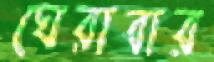
ঘেরাবার